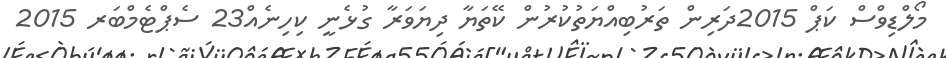
މޯލްޑިވްސް ކަޕް 2015ދަރިން ތަރުބިއްޔަތުކުރުން ކޭތަޔާ ދިޔަވަރާ ގުޅެނީ ކިހިނެއް23 ސެޕްޓެމްބަރ 2015